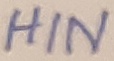
Text: HIN